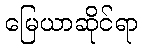
မြေယာဆိုင်ရာ